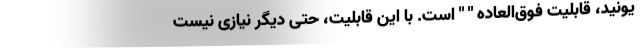
یونید، قابلیت فوق‌العاده " " است. با این قابلیت، حتی دیگر نیازی نیست